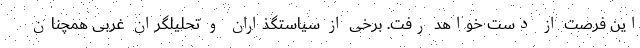
این فرصت از دست خواهد رفت. برخی از سیاستگذاران و تحلیلگران غربی همچنان